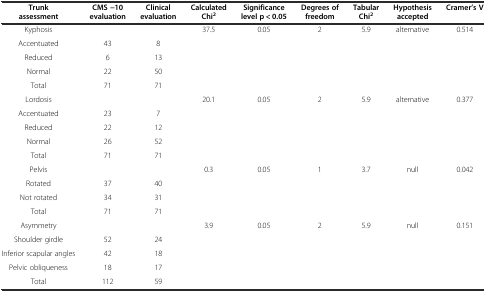
| Trunk assessment | CMS -10 evaluation | Clinical evaluation | Calculated Chi2 | Significance level p < 0.05 | Degrees of freedom | Tabular Chi2 | Hypothesis accepted | Cramer’s V |
 | --- | --- | --- | --- | --- | --- | --- | --- | --- |
 | Kyphosis |  |  | 37.5 | 0.05 | 2 | 5.9 | alternative | 0.514 |
 | Accentuated | 43 | 8 |  |  |  |  |  |  |
 | Reduced | 6 | 13 |  |  |  |  |  |  |
 | Normal | 22 | 50 |  |  |  |  |  |  |
 | Total | 71 | 71 |  |  |  |  |  |  |
 | Lordosis |  |  | 20.1 | 0.05 | 2 | 5.9 | alternative | 0.377 |
 | Accentuated | 23 | 7 |  |  |  |  |  |  |
 | Reduced | 22 | 12 |  |  |  |  |  |  |
 | Normal | 26 | 52 |  |  |  |  |  |  |
 | Total | 71 | 71 |  |  |  |  |  |  |
 | Pelvis |  |  | 0.3 | 0.05 | 1 | 3.7 | null | 0.042 |
 | Rotated | 37 | 40 |  |  |  |  |  |  |
 | Not rotated | 34 | 31 |  |  |  |  |  |  |
 | Total | 71 | 71 |  |  |  |  |  |  |
 | Asymmetry |  |  | 3.9 | 0.05 | 2 | 5.9 | null | 0.151 |
 | Shoulder girdle | 52 | 24 |  |  |  |  |  |  |
 | Inferior scapular angles | 42 | 18 |  |  |  |  |  |  |
 | Pelvic obliqueness | 18 | 17 |  |  |  |  |  |  |
 | Total | 112 | 59 |  |  |  |  |  |  |